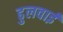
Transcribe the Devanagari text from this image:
ढुलवाई